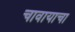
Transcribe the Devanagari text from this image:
चावायाचा